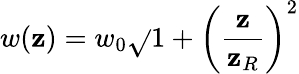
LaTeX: w(\mathbf{z})=w_{0}\sqrt{}{{1+\left(\frac{{\mathbf{z}}}{{\mathbf{z}_{R}}}\right)^{2}}}